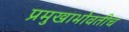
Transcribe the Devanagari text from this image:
प्रमुखाभोवतीच